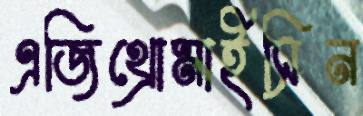
এজিথ্রোমাইসিন